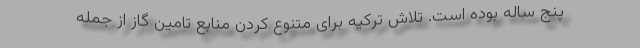
پنج ساله بوده است. تلاش ترکیه برای متنوع کردن منابع تامین گاز از جمله